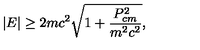
| E | \ge 2 m c ^ { 2 } \sqrt { 1 + \frac { P _ { c m } ^ { 2 } } { m ^ { 2 } c ^ { 2 } } } ,